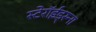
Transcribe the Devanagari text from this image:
स्टेरॉईड्स्ना